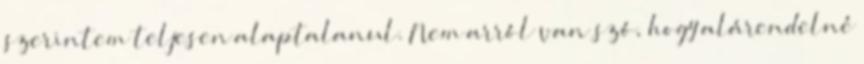
szerintem teljesen alaptalanul. Nem arról van szó, hogy alárendelné